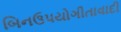
બિનઉપયોગીતાવાદી